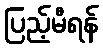
ပြည့်မီရန်